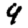
Digit: 9